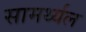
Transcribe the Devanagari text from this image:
सामर्थ्यल